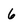
Character: 6